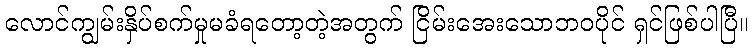
လောင်ကျွမ်းနှိပ်စက်မှုမခံရတော့တဲ့အတွက် ငြိမ်းအေးသောဘဝပိုင် ရှင်ဖြစ်ပါပြီ။